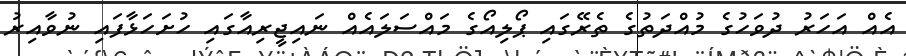
އެއް އަހަރު ދުވަހުގެ މުއްދަތުގެ ތެރޭގައި ޕޯލިއޯގެ މައްސަލައެއް ނައިޖީރިއާގައި ހުށަހަޅާފައި ނުވާއިރު